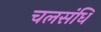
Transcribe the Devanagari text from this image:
चलसंधि